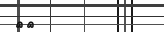
٥٩